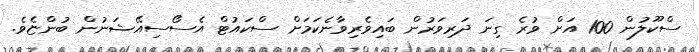
ސްކޫލުން 100 އަށް ވުރެ ގިނަ ދަރިވަރުން ބައިވެރިވާނެކަމަށް ސްކައުޓް އެސޯސިއޭޝަނުން ބުންޏެވެ.